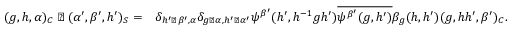
\begin{array} { r l } { ( g , h , \alpha ) _ { C } \triangleleft ( \alpha ^ { \prime } , \beta ^ { \prime } , h ^ { \prime } ) _ { S } = } & { \delta _ { h ^ { \prime } \triangleright \beta ^ { \prime } , \alpha } \delta _ { g \triangleright \alpha , h ^ { \prime } \triangleright \alpha ^ { \prime } } \psi ^ { \beta ^ { \prime } } ( h ^ { \prime } , h ^ { - 1 } g h ^ { \prime } ) \overline { { \psi ^ { \beta ^ { \prime } } ( g , h ^ { \prime } ) } } \beta _ { g } ( h , h ^ { \prime } ) ( g , h h ^ { \prime } , \beta ^ { \prime } ) _ { C } . } \end{array}